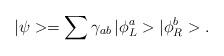
LaTeX: \begin{align*}|\psi >=\sum \gamma _{ab}{\,}|\phi _L^a>|\phi _R^b>. \end{align*}